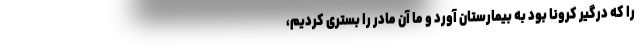
را که درگیر کرونا بود به بیمارستان آورد و ما آن مادر را بستری کردیم،